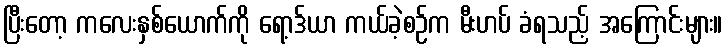
ပြီးတော့ ကလေးနှစ်ယောက်ကို ရော့ဒ်ယာ ကယ်ခဲ့စဉ်က မီးဟပ် ခံရသည့် အကြောင်းများ။